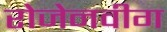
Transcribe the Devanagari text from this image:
रोजेनवीग